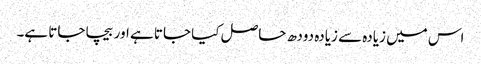
اس میں زیادہ سے زیادہ دودھ حاصل کیا جاتا ہے اور بیچا جاتا ہے۔